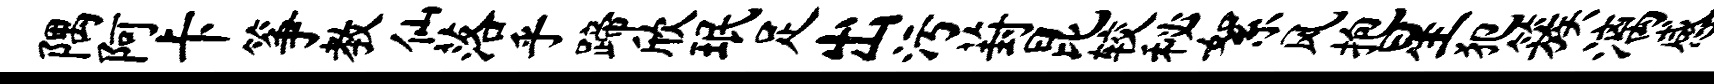
隅阿卡筝教仙落乎蹄欣珉足出污葑昆较秘絮风抱星犯簇漓感